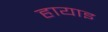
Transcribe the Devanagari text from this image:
हायाइ